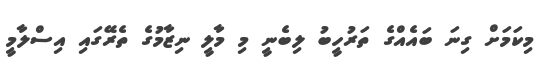
މިކަމަށް ގިނަ ބައެއްގެ ތަރުހީބު ލިބެނީ މި މާލީ ނިޒާމުގެ ތެރޭގައި އިސްލާމީ